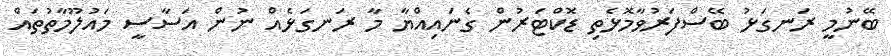
ބޭނުމީ ރަނގަޅު ބޭސްފަރުވާމޮޅެތި ޑޮކްޓަރުން ގެނައިއްޔާ މާ ރަނގަޅެއް ނުން އަސާސީ މައުލޫމާތުތައް